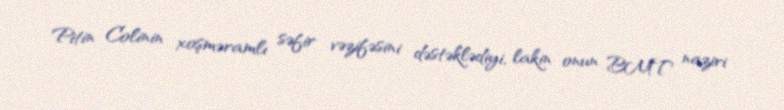
Pitin Colinin xoşməramlı səfir vəzifəsini dəstəklədiyi, lakin onun BMT naziri